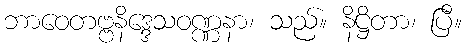
ဘာဝေတဗ္ဗနိဒ္ဒေသဝဏ္ဏနာ၊ သည်။ နိဋ္ဌိတာ၊ ပြီ။